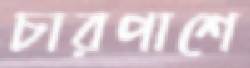
চারপাশে